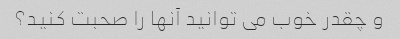
و چقدر خوب می توانید آنها را صحبت کنید؟